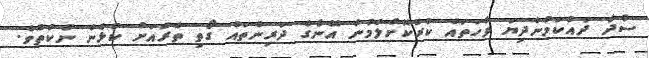
ސާދާ ދައްކަމުންދިޔަ ވާހަތައް ކުރުކޮށްލުމުން އޭނާގެ ދަރިންތައް ގޯތި ތެރެއަށް ކުޅެން ނުކުތެވެ.